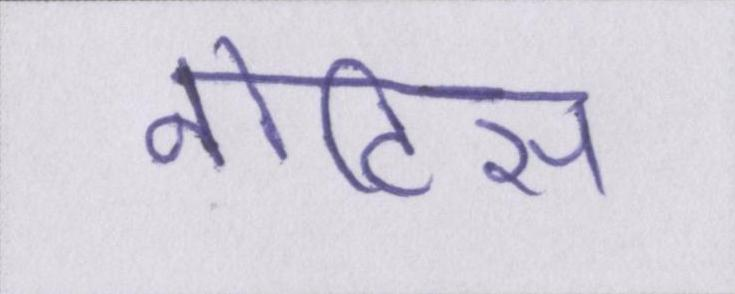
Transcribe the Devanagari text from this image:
नोटिस